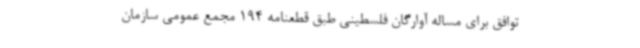
توافق برای مساله آوارگان فلسطینی طبق قطعنامه 194 مجمع عمومی سازمان